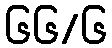
၆၆/၆